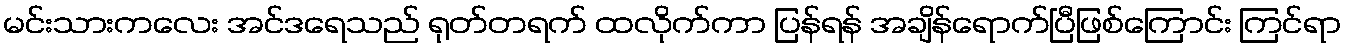
မင်းသားကလေး အင်ဒရေသည် ရုတ်တရက် ထလိုက်ကာ ပြန်ရန် အချိန်ရောက်ပြီဖြစ်ကြောင်း ကြင်ရာ